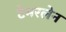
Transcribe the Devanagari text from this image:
टेमरलेन